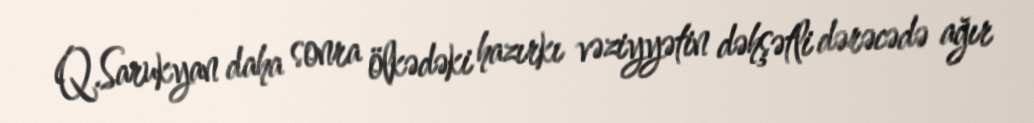
Q.Sarukyan daha sonra ölkədəki hazırkı vəziyyətin dəhşətli dərəcədə ağır